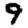
Digit: 9